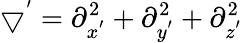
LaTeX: \bigtriangledown^{'}=\partial_{x^{'}}^{2}+\partial_{y^{'}}^{2}+\partial_{z^{'}}^{2}